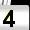
Digit: 4